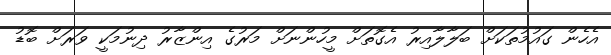
އެހެން ގައުމުތަކަށް ބަލާލާއިރު އެގޮތަށް މީހުންނަށް މަރުގެ އިންޒާރު ދިނުމަކީ ވަރަށް ބޮޑު